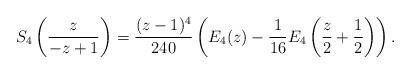
LaTeX: \begin{align*}S_4 \left( \frac{z}{-z+1} \right) = \frac{(z-1)^4}{240} \left(E_4(z) - \frac{1}{16} E_4 \left(\frac{z}{2} + \frac{1}{2} \right) \right).\end{align*}